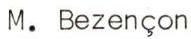
M. Bezençon